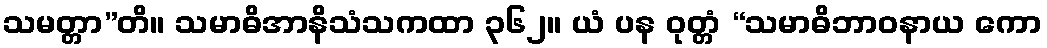
သမတ္တာ”တိ။ သမာဓိအာနိသံသကထာ ၃၆၂။ ယံ ပန ဝုတ္တံ “သမာဓိဘာဝနာယ ကော